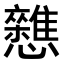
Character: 𭟦